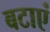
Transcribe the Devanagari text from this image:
बटाएं